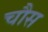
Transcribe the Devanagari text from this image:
चौस